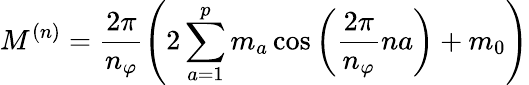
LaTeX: M^{(n)}=\frac{2\pi}{n_{\varphi}}\left(2\sum_{a=1}^{p}m_{a}\cos\left(\frac{2\pi}{n_{\varphi}}na\right)+m_{0}\right)